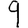
Digit: 9